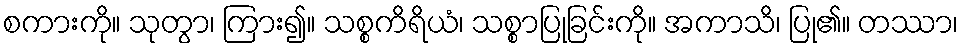
စကားကို။ သုတွာ၊ ကြား၍။ သစ္စကိရိယံ၊ သစ္စာပြုခြင်းကို။ အကာသိ၊ ပြု၏။ တဿာ၊